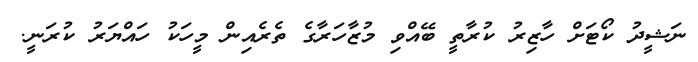
ނަޝީދު ކޯޓަށް ހާޒިރު ކުރާތީ ބޭއްވި މުޒާހަރާގެ ތެރެއިން މީހަކު ހައްޔަރު ކުރަނީ.